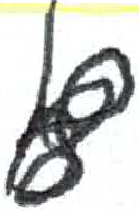
אות: ף